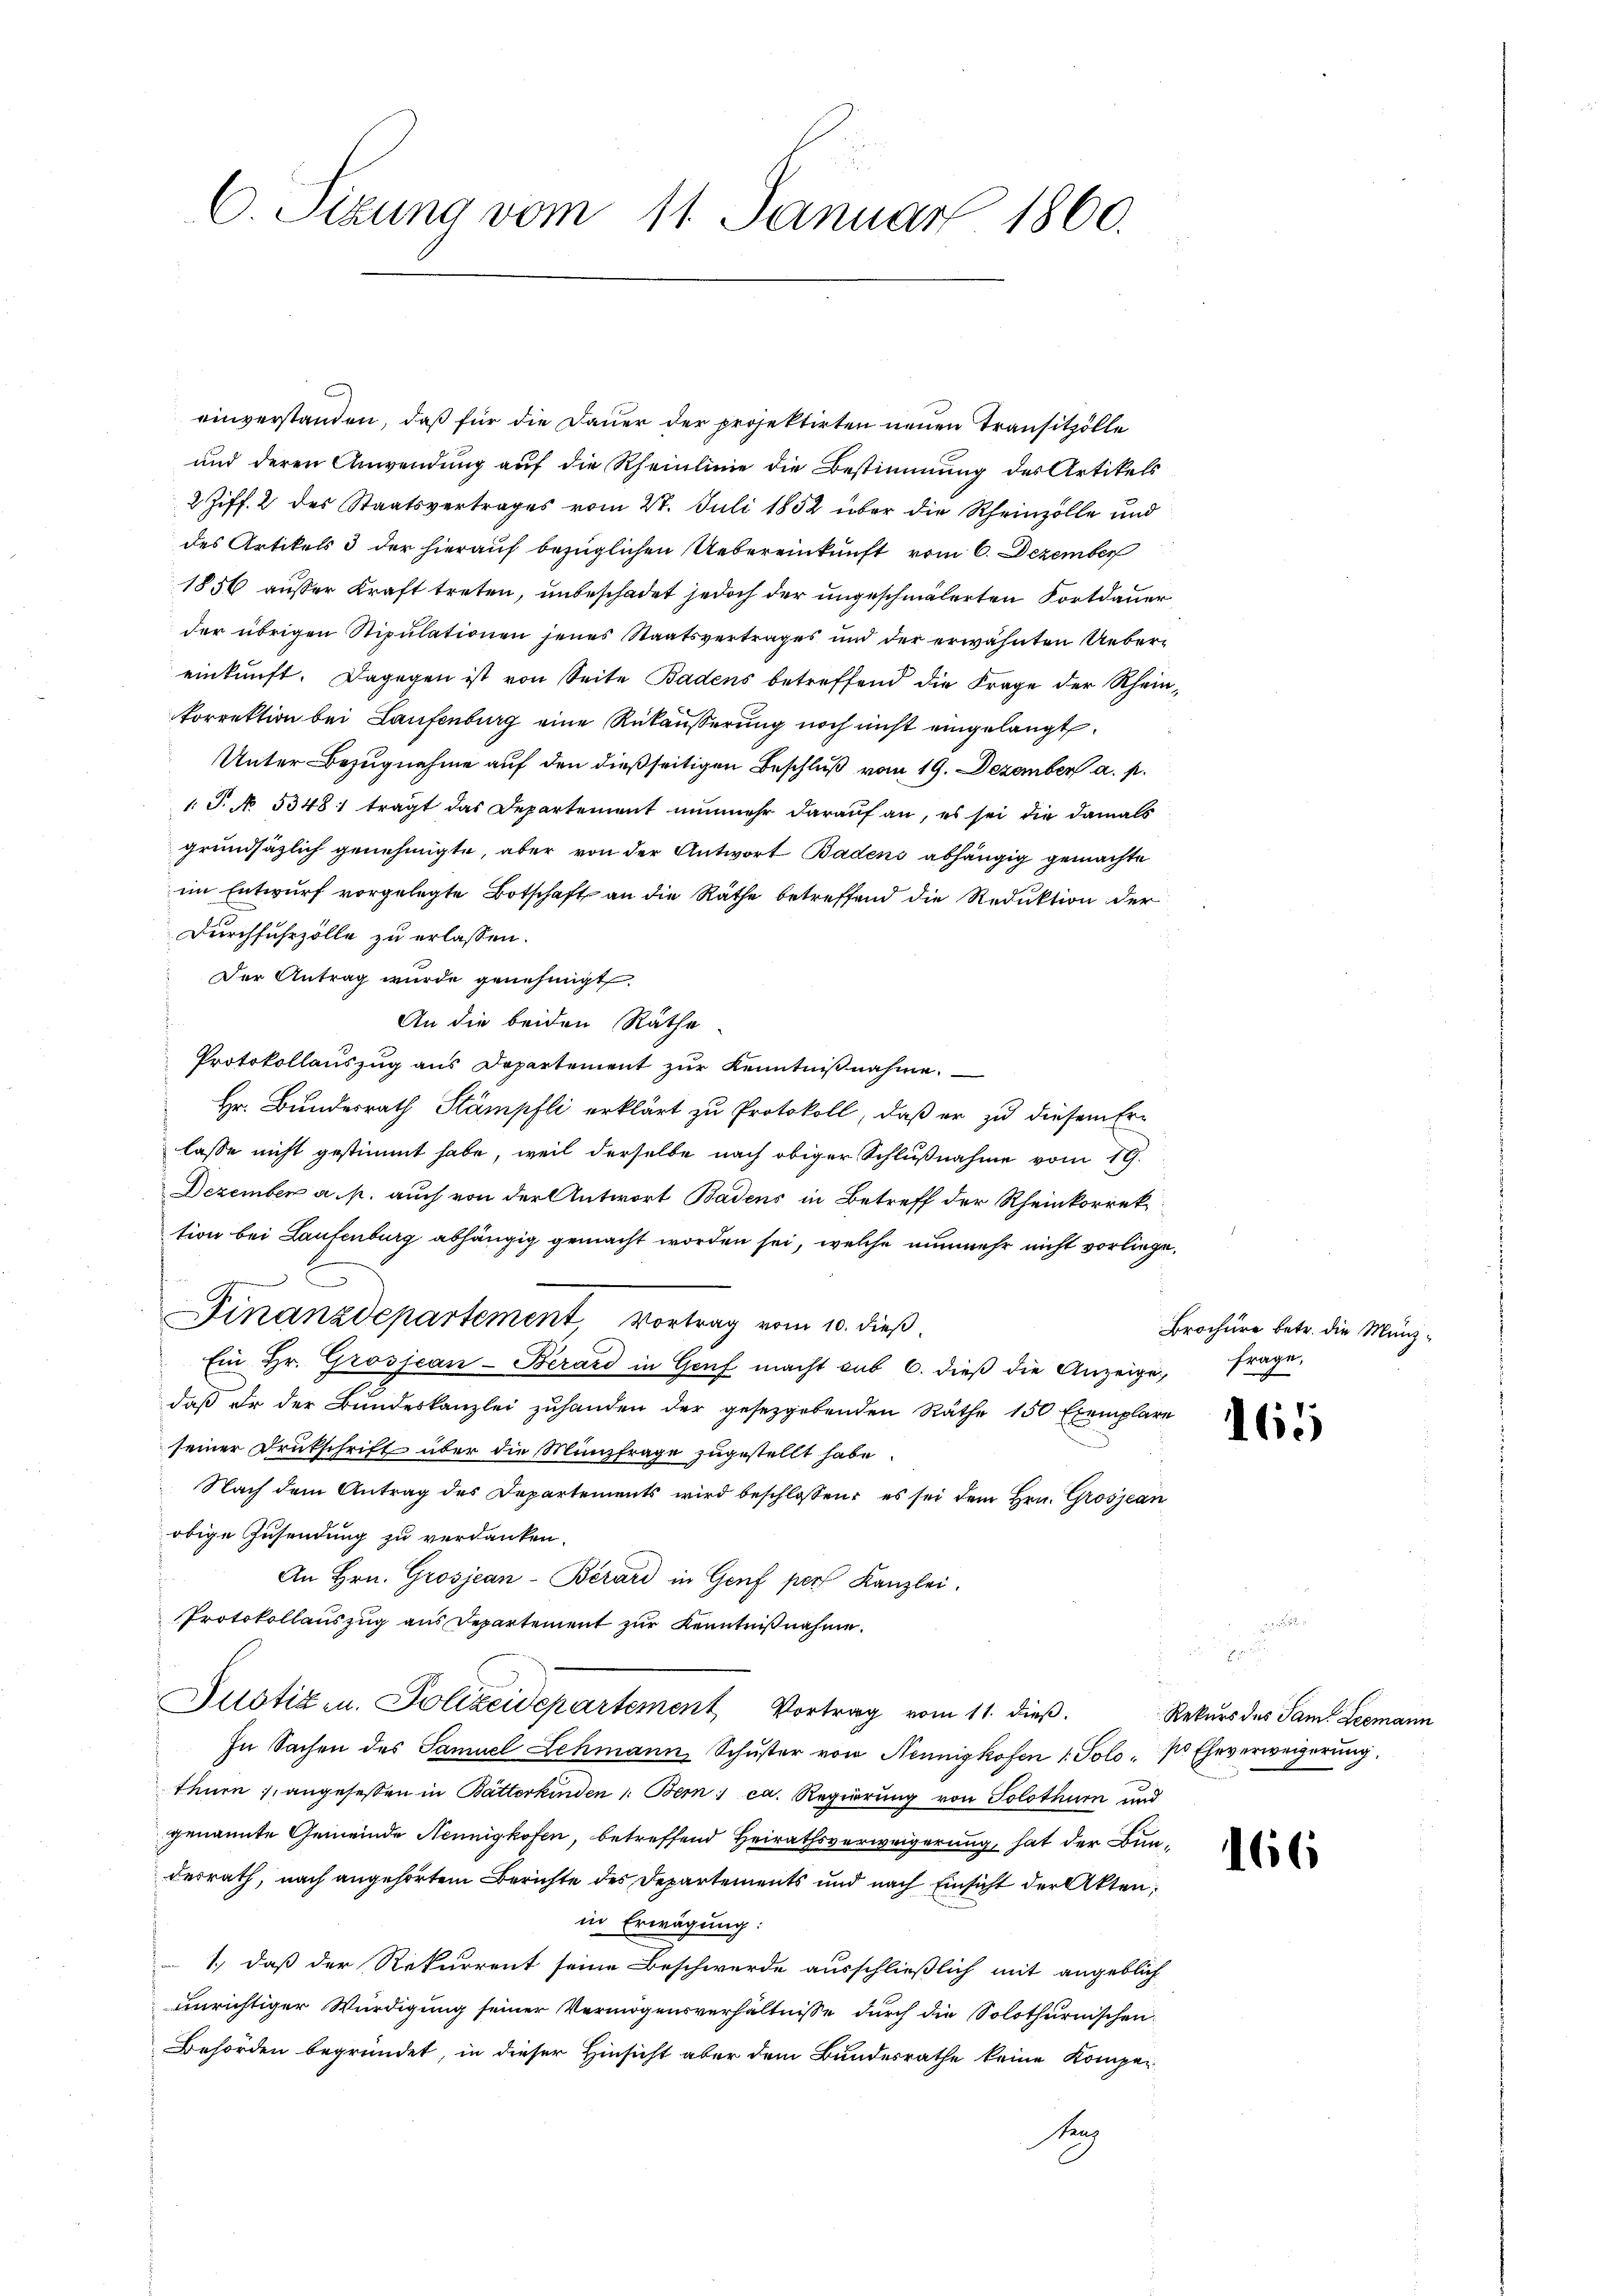
C. Sizung vom 11. Januar 1860.

einverstanden, daß für die Dauer der projektirten neuen Transitzölle
und deren Anwendung auf die Rheinlinie die Bestimmung des Artikels
2 Ziff. 2 des Staatsvertrages vom 27. Juli 1852 über die Rheinzölle und
des Artikels & der hierauf bezüglichen Uebereinkunft vom 6. Dezember
1856 ausser Kraft treten, unbeschadet jedoch der ungeschmälerten Fortdauer
der übrigen Stipulationen jenes Staatsvertrages und der erwähnten Uebereinkunft. Dagegen ist von Seite Badens betreffend die Frage der Rheinkorrektion bei Laufenburg eine Rükäußerung noch nicht eingelangt,
Unter Bezugnahme auf den dießseitigen Beschluß vom 19. Dezember a. p.
1. T. N 5348) tragt das Departement nunmehr darauf an, es sei die damals
grundsätzlich genehmigte, aber von der Antwort Badens abhängig gemachte
im Entwurf vorgelegte Botschaft an die Räthe betreffend die Reduktion der
Durchfuhrzölle zu erlassen.
Der Antrag wurde genehmigt.
An die beiden Räthe
Protokollauszug aus Departement zur Kenntnißnahme.
Hr. Bundesrath Stämpfli erklärt zu Protokoll, daß er zu diesem Erlasse nicht gestimmt habe, weil derselbe nach obiger Schlußnahme vom 19.
Dezember a. p. auch von der Antwort Badens in Betreff der Rheinkorrek
tion bei Laufenburg abhängig gemacht worden sei, welche nunmehr nicht vorliege.
Finanzdepartement Vortrag vom 10. dieß
Ein Hr. Grosjean-Berard in Genf macht sub 6. dieβ die Anzeige, frage,
daß Er der Bundeskanzlei zuhanden der gesetzgebenden Räthe 150 Exemplare
.
seiner Drukschrift über die Münzfrage zugestellt habe.
Nach dem Antrag des Departements wird beschlossen: es sei dem Hrn. Grosjean
obige Zusendung zu verdanken.
An Hrn. Grosjean-Berard in Genf per Kanzlei.
Protokollauszug aus Departement zur Kenntnißnahme.
Justiz u. Polizeidepartement Vortrag vom 11. dieß.
In Sachen des Samuel Lehmann Schŭster von Neunigkofen 1. Solo, pr Eheverweigerung.
thurn, angesessen in Batterkinden : Bern ca. Regierung von Solothurn und
genannte Gemeinde Nennigkofen, betreffend Heirathsverweigerung, hat der Bundesrath, nach angehörtem Berichte des Departements und nach Einsicht der Akten,
in Erwägung:
1., daß der Rekurrent seine Beschwerde ausschließlich mit angeblich
unrichtiger Würdigung seiner Vermögensverhältnisse durch die Solothurnischen
Behörden begründet, in dieser Hinsicht aber dem Bundesrathe keine Komper
Steg

Brochüre betr. die Münz¬

165

Rekurs des Sam. Leemann

166